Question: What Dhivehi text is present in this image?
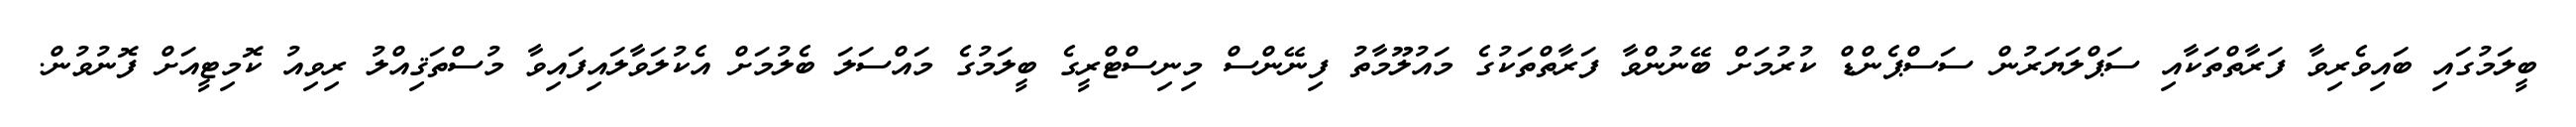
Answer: ބީލަމުގައި ބައިވެރިވާ ފަރާތްތަކާއި ސަޕްލަޔަރުން ސަސްޕެންޑް ކުރުމަށް ބޭނުންވާ ފަރާތްތަކުގެ މައުލޫމާތު ފިނޭންސް މިނިސްޓްރީގެ ބީލަމުގެ މައްސަލަ ބެލުމަށް އެކުލަވާލައިފައިވާ މުސްތަޤިއްލު ރިވިއު ކޮމިޓީއަށް ފޮނުވުން.